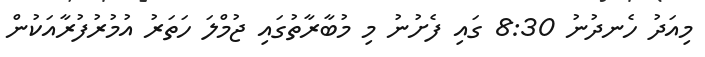
މިއަދު ހެނދުނު 8:30 ގައި ފެށުނު މި މުބާރާތުގައި ޖުމްލަ ހަތަރު އުމުރުފުރާއަކުން